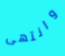
وانتهى